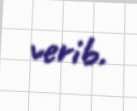
verib.